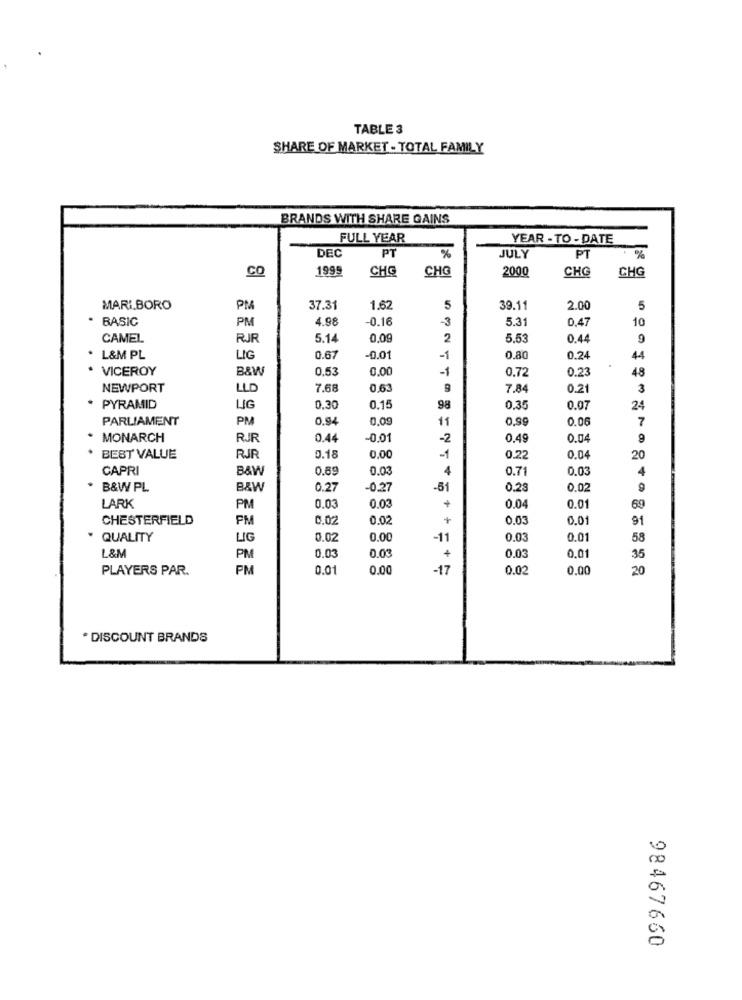
TABLE 3
SHARE OF MARKET - TOTAL FAMILY
BRANDS WITH SHARE GAINS
FULL YEAR
YEAR - TO - DATE
PT
DEC
%
JULY
PT
%
CO
1999
CHG
CHG
2000
CHG
CHG
MARI.BORO
PM
37.31
1.62
5
39.11
2.00
5
BASIC
PM
4.98
-0.16
-3
5.31
0,47
10
CAMEL
RJR
5.14
0,09
2
5.53
0.44
9
. L&M PL
LIG
0.67
-0.01
-1
0.80
0.24
44
VICEROY
B&W
0.53
0.00
-1
0.72
0.23
48
NEWPORT
LLD
7.68
0.63
9
7.84
0.21
3
. PYRAMID
LIG
0,30
0.15
98
0.35
0.07
24
PARLIAMENT
PM
0.94
0,09
11
0,99
0.06
7
MONARCH
RJR
0.44
-0.01
-2
0.49
0.04
9
BEST VALUE
RJR
0.18
0.00
-1
0.2
0.04
20
CAPRI
B&W
0.69
0.03
4
0.71
0.03
4
. B&W PL
B&W
0.27
-0.27
-51
0.23
0.02
9
+
LARK
PM
0.03
0.03
0.04
0.01
69
CHESTERFIELD
PM
0.02
0.02
+
0.03
0.01
91
. QUALITY
LIG
0.02
0.00
-11
0.03
0.01
58
L&M
0.03
0.03
PM
0.03
+
0.01
35
PLAYERS PAR.
PM
0.01
0.00
-17
0.02
0.00
20
. DISCOUNT BRANDS
98467660